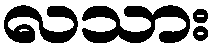
လသား